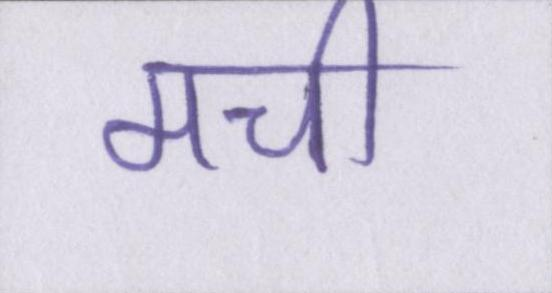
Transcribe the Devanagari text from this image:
मची